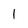
Character: 1